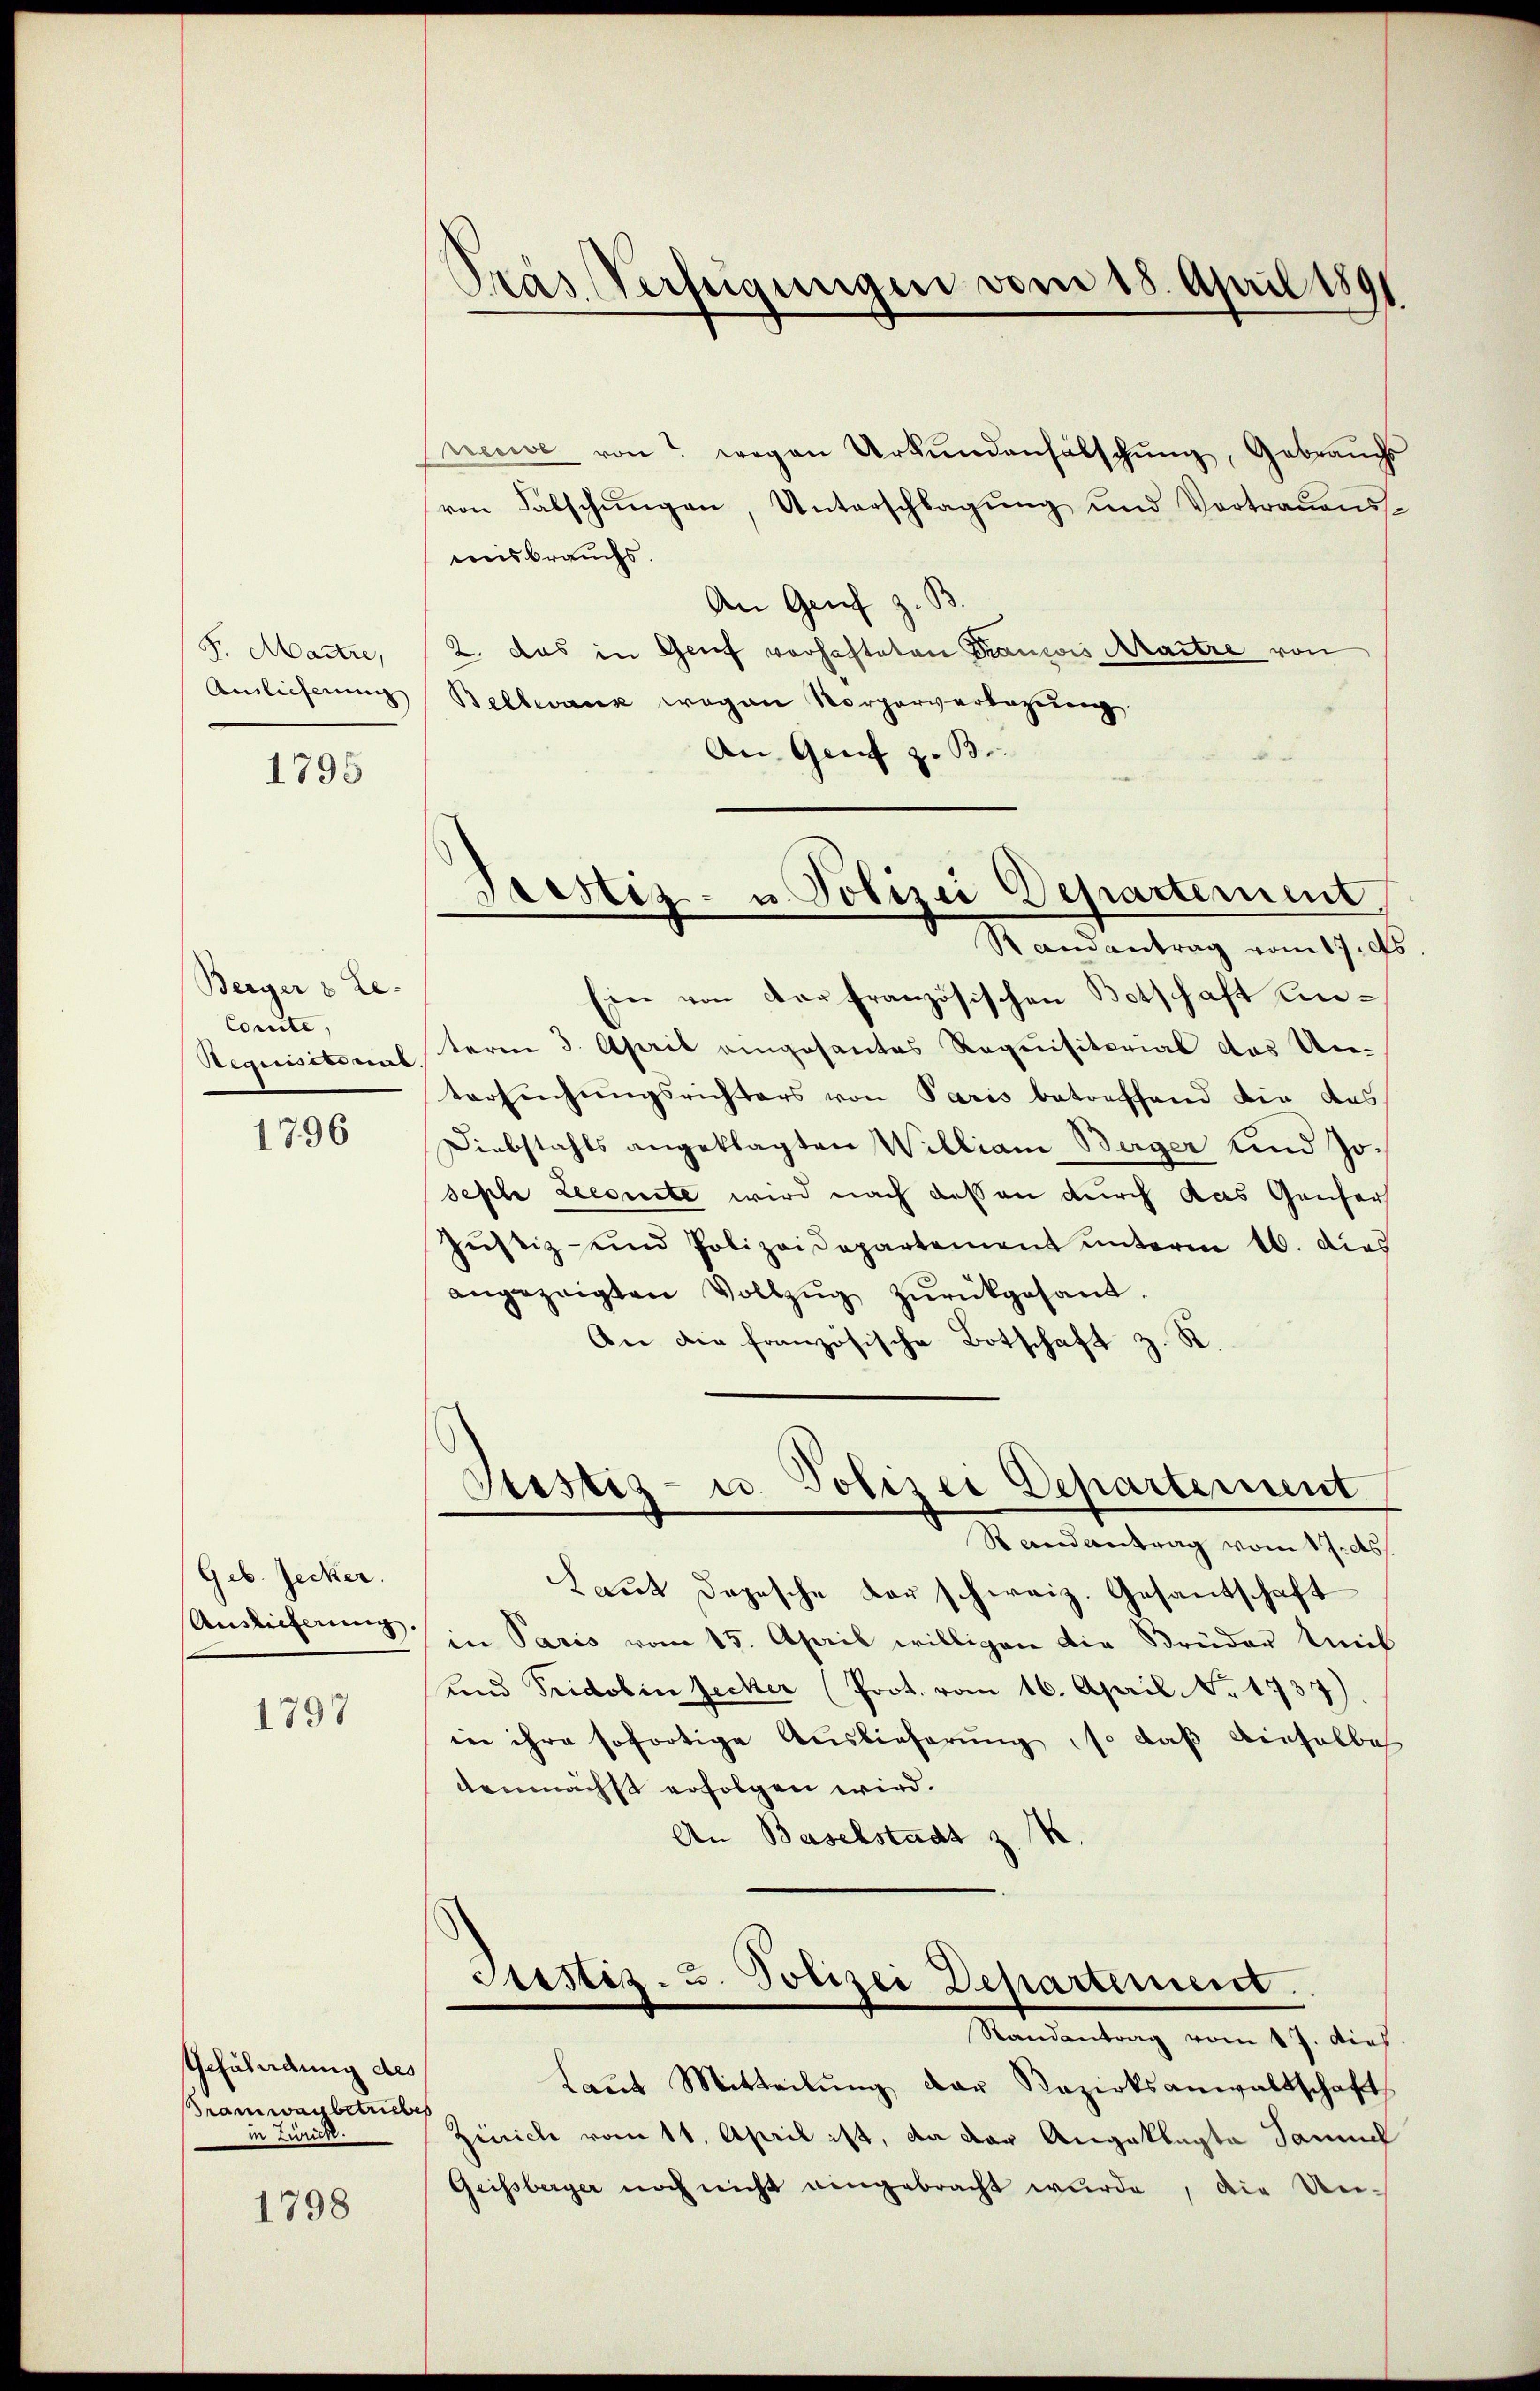
Fr. Martie,
Amlicherung
1795

Berger & Le-
Comite,
Requisitimat

1796

Geb. Jecker.
Auslieferung.

1797

Gefährdung des
ramwanbetriebes
n Zürich

1798

Pras Verfügungen vom 18. April 1891

weisbrauchs.
An Genf z. B
2. das in Genf vorhafteten Francois Maitre von
Bellwank wegen Vorgerverlegung
An Genf z. B.
Randantrag vom 17. ds
Ein von der französischen Botschaft einterm 3. April eingesantes Requisitorial das Un-
tersuchungsrichters von Paris betreffend die des
Diebstahls angeklagten Willian Berger und Joseple Leegnete wird nach dessen durch das Gänser
Jŭstiz- und Polizeidepartement ŭnterm 16. dies
angezeigten Vollzŭg zŭrückgesant.
An die französische Botschaft z. R.
Justiz- u. Polizei Departement.
Randantrag vom 17. ds.
Laut Depesche der schweiz. Gesantschaft
in Paris vom 15. April willigen die Brüder Mit
und Fridolin Jecker (Poot. vom 16. April. No. 1737)
ie ihre sofortige Auslieferung, so daß dieselbe
demnächst erfolgen wird.
An Baselstadt z. N
Justiz- 3. Polizei Departement.
Mandantung vom 19. dies
Laŭt Mitteilŭng der Bezirksanwaltschaft
Zürich vom 11. April ist, da der Angeklagte Samuel
Geissberger noch nicht eingebracht wŭrde, die Un-

Pacstiz- u Polizei Departement

neuve von wegen Urkundenfälschung, Gebrauchs
von Falschungen, Unterschlagung und Vortrauens¬